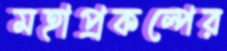
মহাপ্রকল্পের